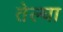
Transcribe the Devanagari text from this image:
तेल्घा